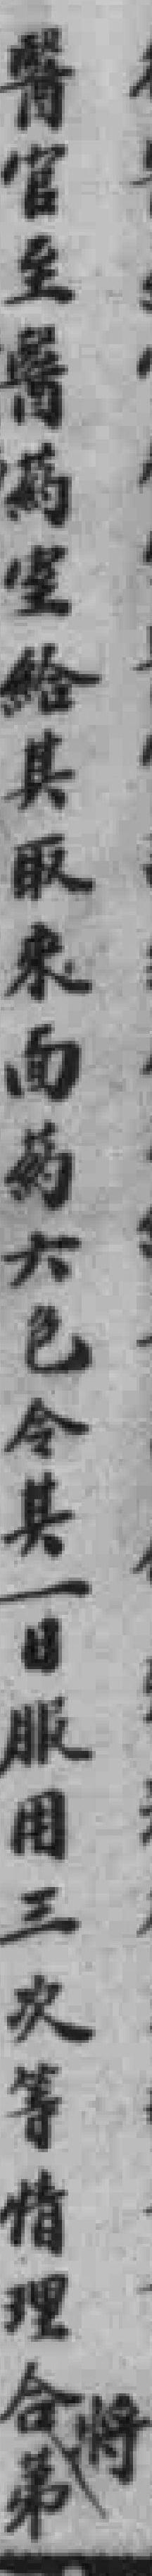
醫官至醫葯室給其取來面葯六色令其一日服用三次等情理合將第